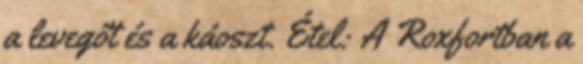
a levegőt és a káoszt. Étel: A Roxfortban a